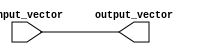
module vector_continuous_assignment(
    input wire [7:0] input_vector,  // 8-bit input vector
    output wire [7:0] output_vector  // 8-bit output vector
);

// Continuous assignment of the input vector to the output vector
assign output_vector = input_vector;

endmodule